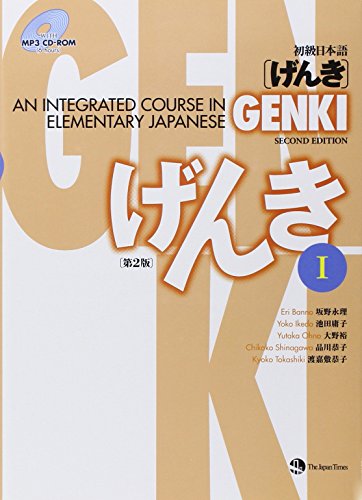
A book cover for GENKI I: An Integrated Course in Elementary Japanese [With CDROM] (Japanese Edition) (English and Japanese Edition); Eri Banno; Reference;